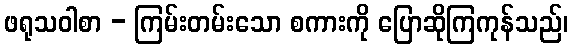
ဖရုသဝါစာ - ကြမ်းတမ်းသော စကားကို ပြောဆိုကြကုန်သည်၊